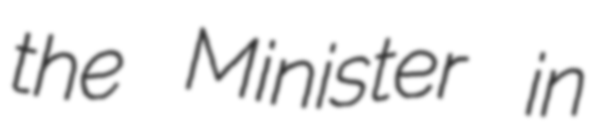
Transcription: the Minister in